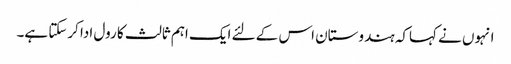
انہوں نے کہاکہ ہندوستان اس کے لئے ایک اہم ثالث کا رول ادا کرسکتا ہے۔